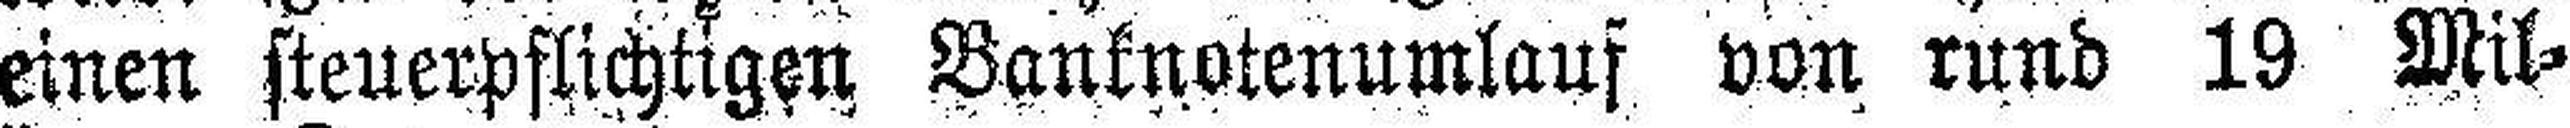
einen steuerpflichtigen Banknotenumlauf von rund 19 Mil¬